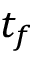
t _ { f }